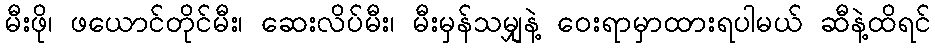
မီးဖို၊ ဖယောင်တိုင်မီး၊ ဆေးလိပ်မီး၊ မီးမှန်သမျှနဲ့ ဝေးရာမှာထားရပါမယ် ဆီနဲ့ထိရင်